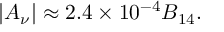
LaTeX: | A _ { \nu } | \approx 2 . 4 \times 1 0 ^ { - 4 } B _ { 1 4 } .